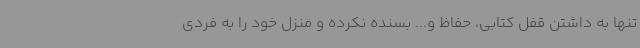
تنها به داشتن قفل کتابی، حفاظ و... بسنده نکرده و منزل خود را به فردی